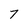
Character: 7